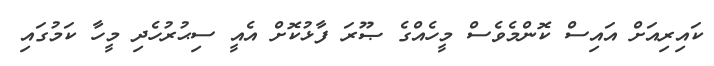
ކައިރިއަށް އައިސް ކޮންމެވެސް މީހެއްގެ ޞޫރަ ފާޅުކޮށް އެއީ ސިޙުރުހެދި މީހާ ކަމުގައި